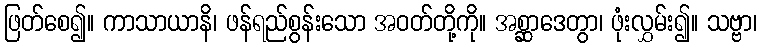
ဖြတ်စေ၍။ ကာသာယာနိ၊ ဖန်ရည်စွန်းသော အဝတ်တို့ကို။ အစ္ဆာဒေတွာ၊ ဖုံးလွှမ်း၍။ သဗ္ဗာ၊